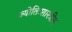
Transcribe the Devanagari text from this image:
ज्योतिःशास्त्रीय